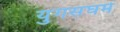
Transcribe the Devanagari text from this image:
युगसंघमे